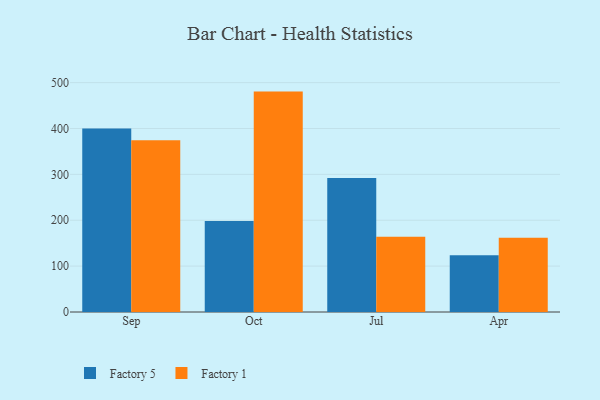
{"axis": {"x": "Month", "y": "Operating Costs (USD K)"}, "legend": ["Factory 1", "Factory 5"], "data": [{"x": "Sep", "y": 399.9, "type": "Factory 5"}, {"x": "Sep", "y": 374.4, "type": "Factory 1"}, {"x": "Oct", "y": 198.6, "type": "Factory 5"}, {"x": "Oct", "y": 480.4, "type": "Factory 1"}, {"x": "Jul", "y": 292.2, "type": "Factory 5"}, {"x": "Jul", "y": 163.9, "type": "Factory 1"}, {"x": "Apr", "y": 123.6, "type": "Factory 5"}, {"x": "Apr", "y": 161.6, "type": "Factory 1"}]}